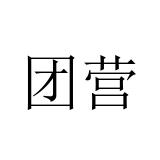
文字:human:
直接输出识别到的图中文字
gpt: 团营